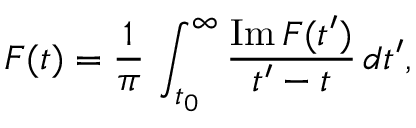
F ( t ) = \frac { 1 } { \pi } \, \int _ { t _ { 0 } } ^ { \infty } \frac { \mathrm { I m } \, F ( t ^ { \prime } ) } { t ^ { \prime } - t } \, d t ^ { \prime } ,